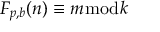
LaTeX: F _ { p , b } ( n ) \equiv m { \bmod { k } }